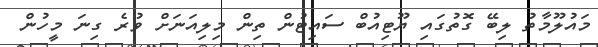
މައުލޫމާތު ލިބޭ ގޮތުގައި ޔޫޓިއުބް ސައިޓުން ތިން މިލިއަނަށް ވުރެ ގިނަ މީހުން